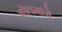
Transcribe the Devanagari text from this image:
भोतमांगे